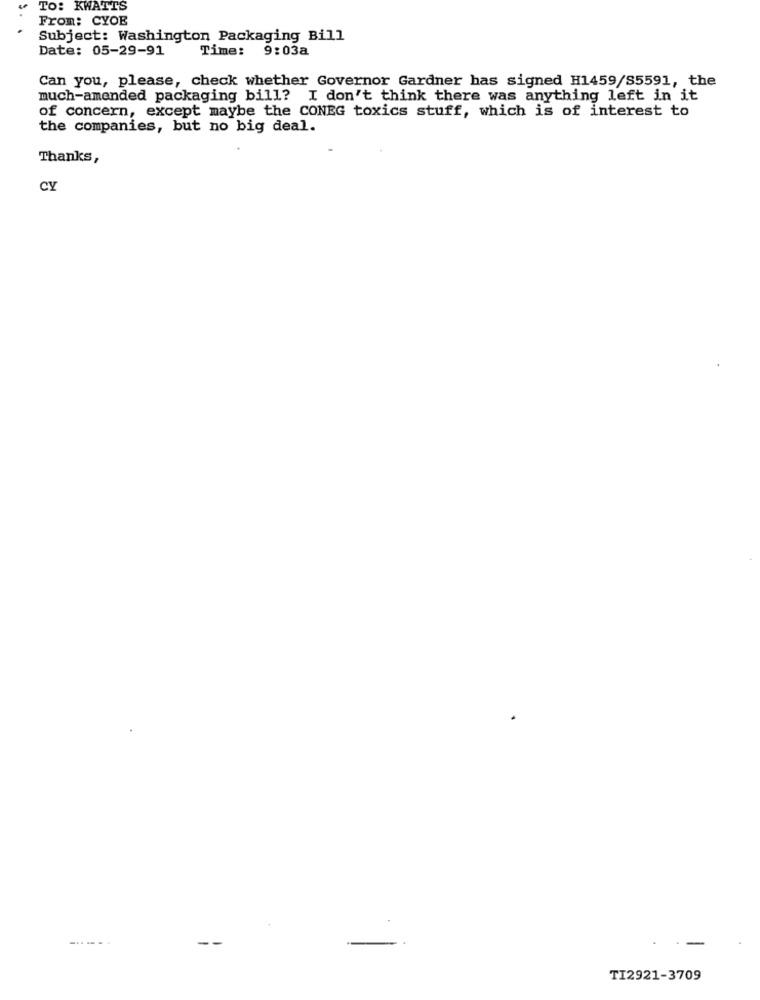
TO: KWATTS
From: CYOE
Subject: Washington Packaging Bill
Date: 05-29-91
Time: 9:03a
Can you, please, check whether Governor Gardner has signed H1459/S5591, the
much-amended packaging bill? I don't think there was anything left in it
of concern, except maybe the CONEG toxics stuff, which is of interest to
the companies, but no big deal.
Thanks,
CY
-......
TI2921-3709